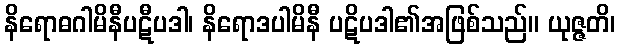
နိရောဓဂါမိနီပဋီပဒါ၊ နိရောဒပါမိနီ ပဋိပဒါ၏အဖြစ်သည်။ ယုဇ္ဇတိ၊